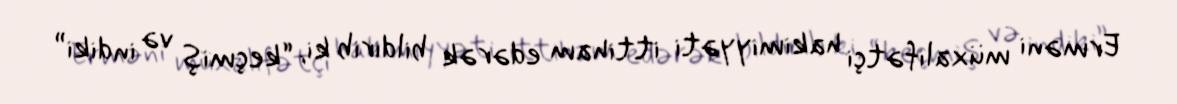
Erməni müxalifətçi hakimiyyəti ittiham edərək bildirib ki, “keçmiş və indiki”